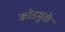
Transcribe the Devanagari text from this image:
कोडमुळे